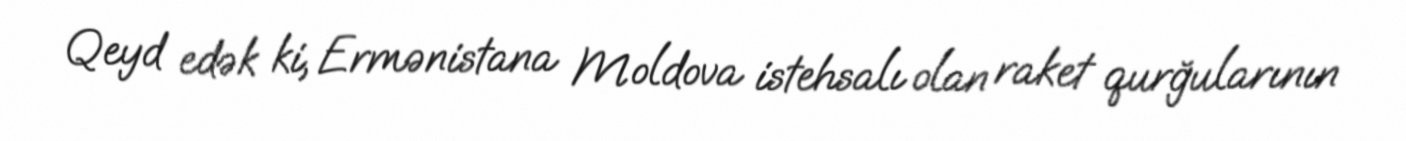
Qeyd edək ki, Ermənistana Moldova istehsalı olan raket qurğularının